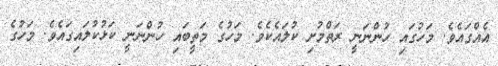
އެއްގައެވެ. މަހުގައި ހުންނަނީ ރަތްމުށި ކުލައެކެވެ. މަހުގެ މަތީބައި ހުންނަނީ ކަޅުކުލައިގައެވެ. މަހުގެ